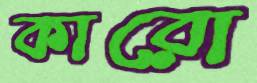
কারো